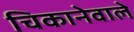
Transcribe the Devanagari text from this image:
चिकानेवाले